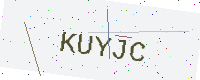
Text: KUYJC